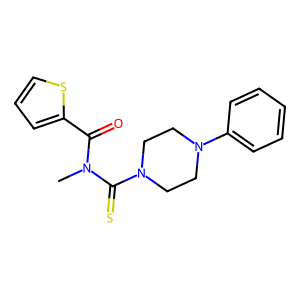
SMILES: CN(C(=O)c1cccs1)C(=S)N1CCN(c2ccccc2)CC1
Inhibits HIV replication: No